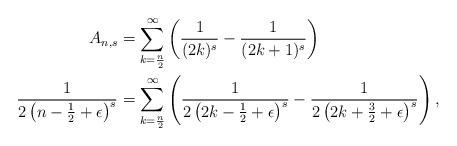
LaTeX: \begin{align*} A_{n,s} & = \sum_{k=\frac{n}{2}}^{\infty} \left( \frac{1}{(2k)^s} - \frac{1}{(2k+1)^s}\right) \\\frac{1}{2\left(n - \frac{1}{2} + \epsilon\right)^s} & = \sum_{k=\frac{n}{2}}^{\infty} \left( \frac{1}{2\left(2k-\frac{1}{2} + \epsilon\right)^s} - \frac{1}{2\left(2k+\frac{3}{2} + \epsilon\right)^s} \right),\end{align*}